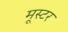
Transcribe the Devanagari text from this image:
मूस्टर